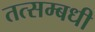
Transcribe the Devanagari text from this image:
तत्सम्बधी